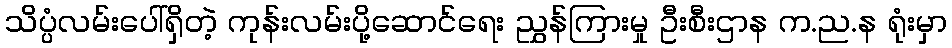
သိပ္ပံလမ်းပေါ်ရှိတဲ့ ကုန်းလမ်းပို့ဆောင်ရေး ညွှန်ကြားမှု ဦးစီးဌာန က.ည.န ရုံးမှာ